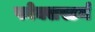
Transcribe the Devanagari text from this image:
फोक्सस्टर्म